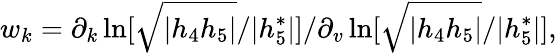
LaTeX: w_{k}=\partial_{k}\ln[\sqrt{|h_{4}h_{5}|}/|h_{5}^{\ast}|]/\partial_{v}\ln[\sqrt{|h_{4}h_{5}|}/|h_{5}^{\ast}|],